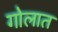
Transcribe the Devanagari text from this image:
गोलात